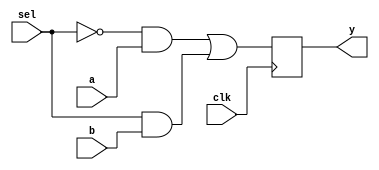
module mux(a,b,sel,clk,y);
	input a,b,sel,clk;
	output y;
	reg y;

	initial begin y=0; end

	always @(posedge clk) 
	begin
		y = (!sel&a)|(sel&b);
	end
endmodule


module tester(y,clk,sel,a,b);
	input y;
	output a,b,sel,clk;
	reg a,b,sel,clk;
	initial
	begin
		clk=0;
		//Dump results of the simulation to ff.cvd
		$dumpfile("mux.vcd");
		$dumpvars;
		//Generate input signal j,k
		   a=0;b=0;sel=0; #9 a=1;b=0;sel=1; #1 a=0;b=1;sel=0; #1 a=1;b=1;sel=0; #2 a=0;b=0;sel=1; #1 a=1;b=0;sel=0; #12 a=0;b=1;sel=0;
		#1 a=1;b=0; #2 a=0;b=0;sel=0; #1 a=1;b=1;sel=1; #1 a=0;b=0;sel=0; #1 a=1;b=1;sel=1; #1 a=0;b=1;sel=0; #7 a=1;b=0;sel=0;
		#8 $finish;
	end

	//Generate periodic clock signal
	always
	begin
		#4 clk=!clk;
	end
endmodule

module testbench;
	wire clk,a,b,sel,y;
	mux ff1(a,b,sel,clk,y);//creating an instance of the module
	tester tst1(y,clk,sel,a,b);//creating an instance of the module
endmodule